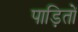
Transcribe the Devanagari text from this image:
पाड़ितों